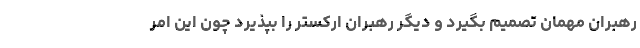
رهبران مهمان تصمیم بگیرد و دیگر رهبران ارکستر را بپذیرد چون این امر